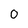
Character: 0